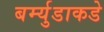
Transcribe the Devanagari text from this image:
बर्म्युडाकडे